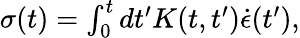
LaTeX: \begin{array}{r}{\sigma(t)=\int_{0}^{t}dt^{\prime}K(t,t^{\prime})\dot{\epsilon}(t^{\prime}),}\end{array}